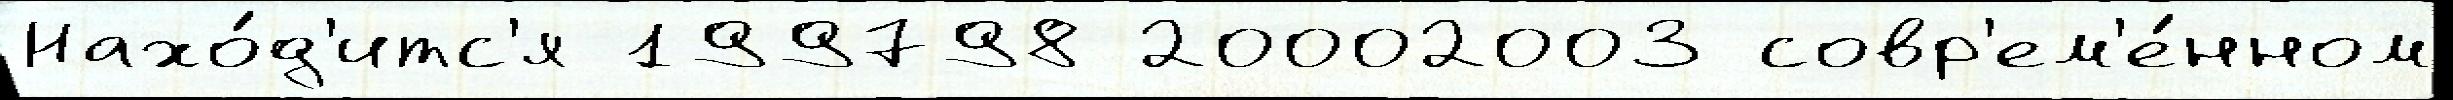
Нахо́д'итс'я 199798 20002003 совр'ем'е́нном